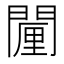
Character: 𮤗